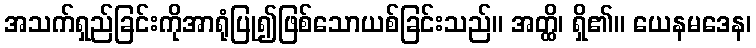
အသက်ရှည်ခြင်းကိုအာရုံပြု၍ဖြစ်သောယစ်ခြင်းသည်။ အတ္ထိ၊ ရှိ၏။ ယေနမဒေန၊